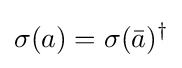
\sigma (a)=\sigma ({\bar {a}})^{\dagger }